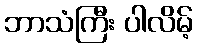
ဘာသံကြီး ပါလိမ့်